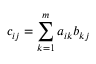
c _ { i j } = \sum _ { k = 1 } ^ { m } a _ { i k } b _ { k j }